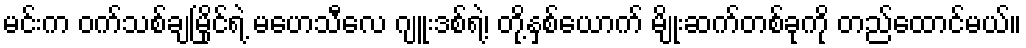
မင်းက ဝက်သစ်ချမြိုင်ရဲ့ မဟေသီလေ ဂျူးဒစ်ရဲ့၊ တို့နှစ်ယောက် မျိုးဆက်တစ်ခုကို တည်ထောင်မယ်။